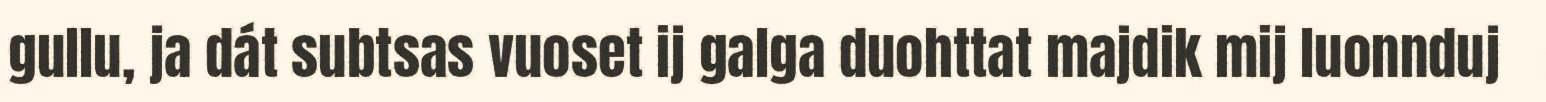
gullu, ja dát subtsas vuoset ij galga duohttat majdik mij luonnduj